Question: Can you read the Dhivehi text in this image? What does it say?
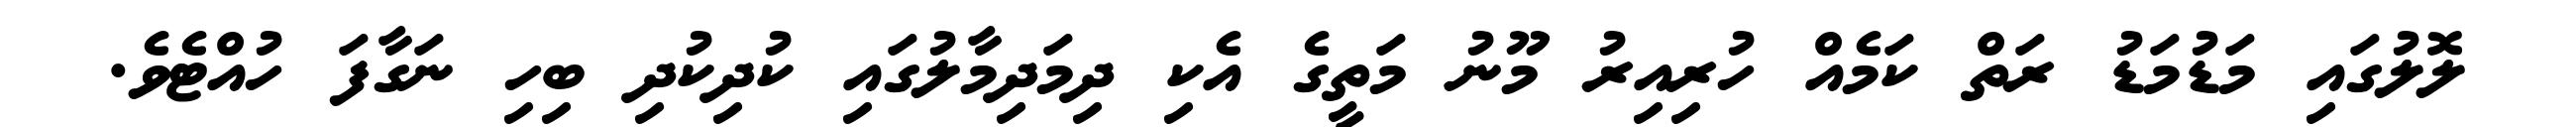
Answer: ލޮލުގައި މަޑުމަޑު ރަތް ކަމެއް ހުރިއިރު މޫނު މަތީގެ އެކި ދިމަދިމާލުގައި ކުދިކުދި ބިހި ނަގާފަ ހުއްޓެވެ.